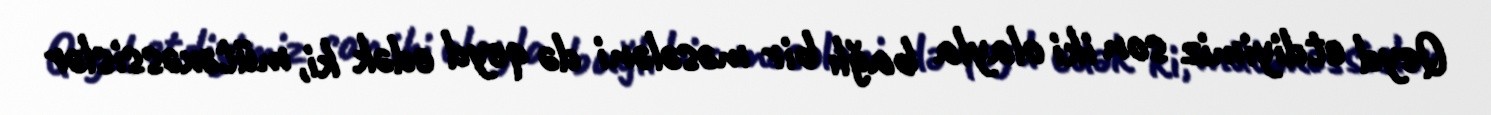
Qeyd etdiyimiz son iki olayla bağlı bir məsələni də qeyd edək ki, mütəxəssislər